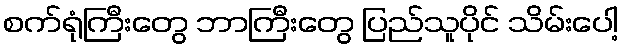
စက်ရုံကြီးတွေ ဘာကြီးတွေ ပြည်သူပိုင် သိမ်းပေါ့